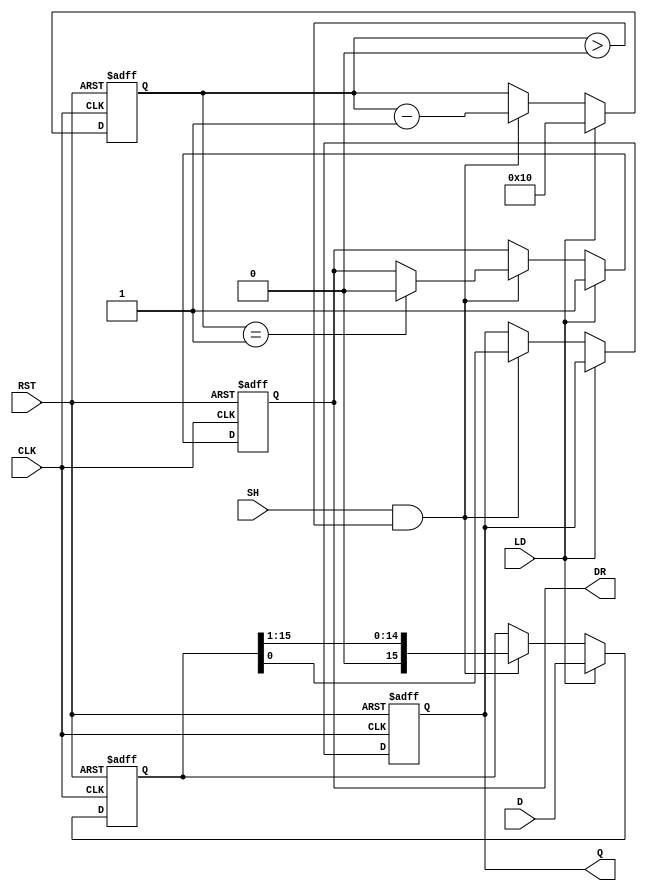
module PISO_Register (
    input wire [15:0] D,      // Parallel Data Input
    input wire LD,            // Load Control Signal
    input wire SH,            // Shift Control Signal
    input wire CLK,           // Clock Signal
    input wire RST,           // Reset Signal
    output reg Q,             // Serial Output
    output reg DR             // Data Ready Output
);

    reg [15:0] shift_reg;     // 16-bit Shift Register
    reg [4:0] shift_count;    // Counter for number of shifts

    // Asynchronous Reset
    always @(posedge CLK or posedge RST) begin
        if (RST) begin
            shift_reg <= 16'b0; // Clear the shift register
            Q <= 1'b0;          // Clear the serial output
            DR <= 1'b0;         // Clear the Data Ready signal
            shift_count <= 5'b0; // Reset shift count
        end else begin
            if (LD) begin
                shift_reg <= D;  // Load parallel data into shift register
                shift_count <= 5'd16; // Set shift count to 16
                DR <= 1'b1;      // Indicate data is ready to be shifted out
            end else if (SH && shift_count > 0) begin
                Q <= shift_reg[0]; // Output the LSB
                shift_reg <= shift_reg >> 1; // Shift right
                shift_count <= shift_count - 1; // Decrement shift count
                if (shift_count == 1) begin
                    DR <= 1'b0;  // Clear Data Ready signal when done
                end
            end
        end
    end

endmodule